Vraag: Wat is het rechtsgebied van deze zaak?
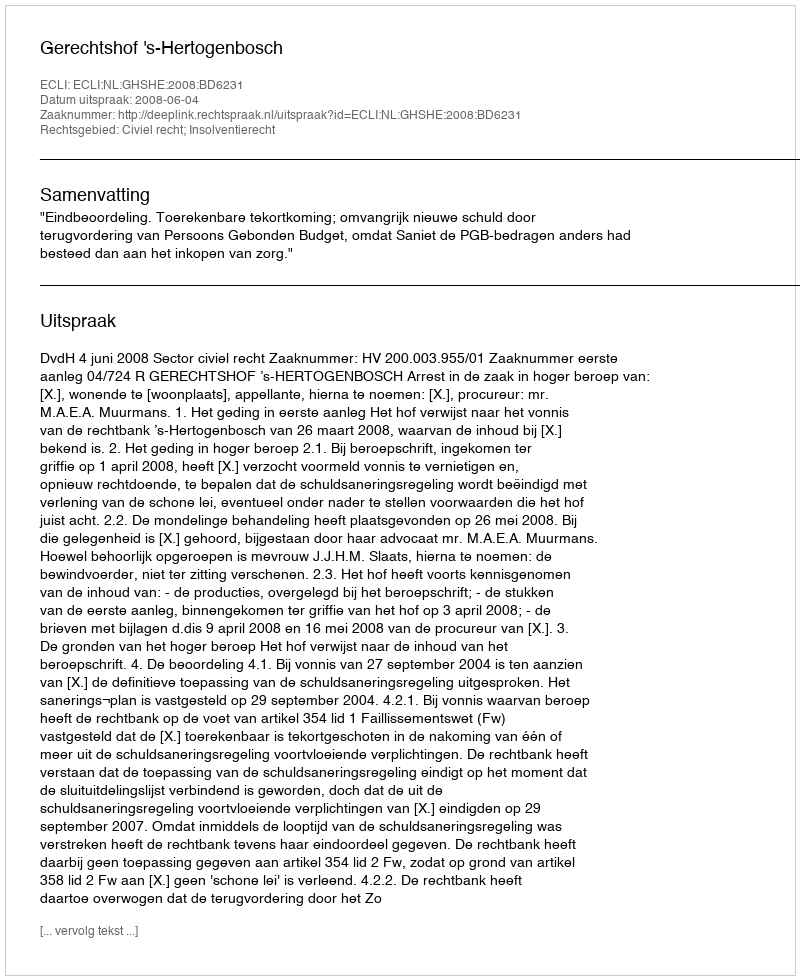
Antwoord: Civiel recht; Insolventierecht